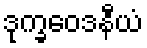
ဒုက္ခဝေဒနီယံ